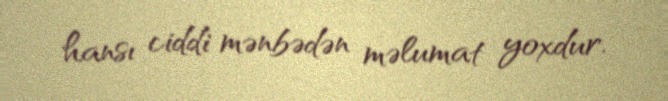
hansı ciddi mənbədən məlumat yoxdur.